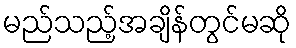
မည်သည့်အချိန်တွင်မဆို